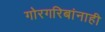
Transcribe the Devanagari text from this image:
गोरगरिबांनाही